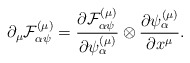
\begin{align*}\partial _{\mu }{\cal F}_{\alpha \psi }^{\left( \mu \right) }=\frac{\partial {\cal F}_{\alpha \psi }^{\left( \mu \right) }}{\partial \psi _{\alpha}^{\left( \mu \right) }}\otimes \frac{\partial \psi _{\alpha }^{\left( \mu\right) }}{\partial x^{\mu }}. \end{align*}